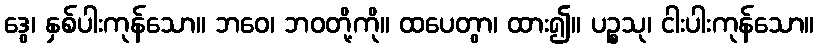
ဒွေ၊ နှစ်ပါးကုန်သော။ ဘဝေ၊ ဘဝတို့ကို။ ထပေတွာ၊ ထား၍။ ပဉ္စသု၊ ငါးပါးကုန်သော။